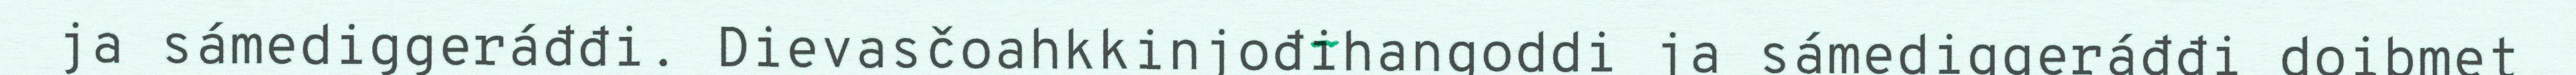
ja sámediggeráđđi. Dievasčoahkkinjođihangoddi ja sámediggeráđđi doibmet